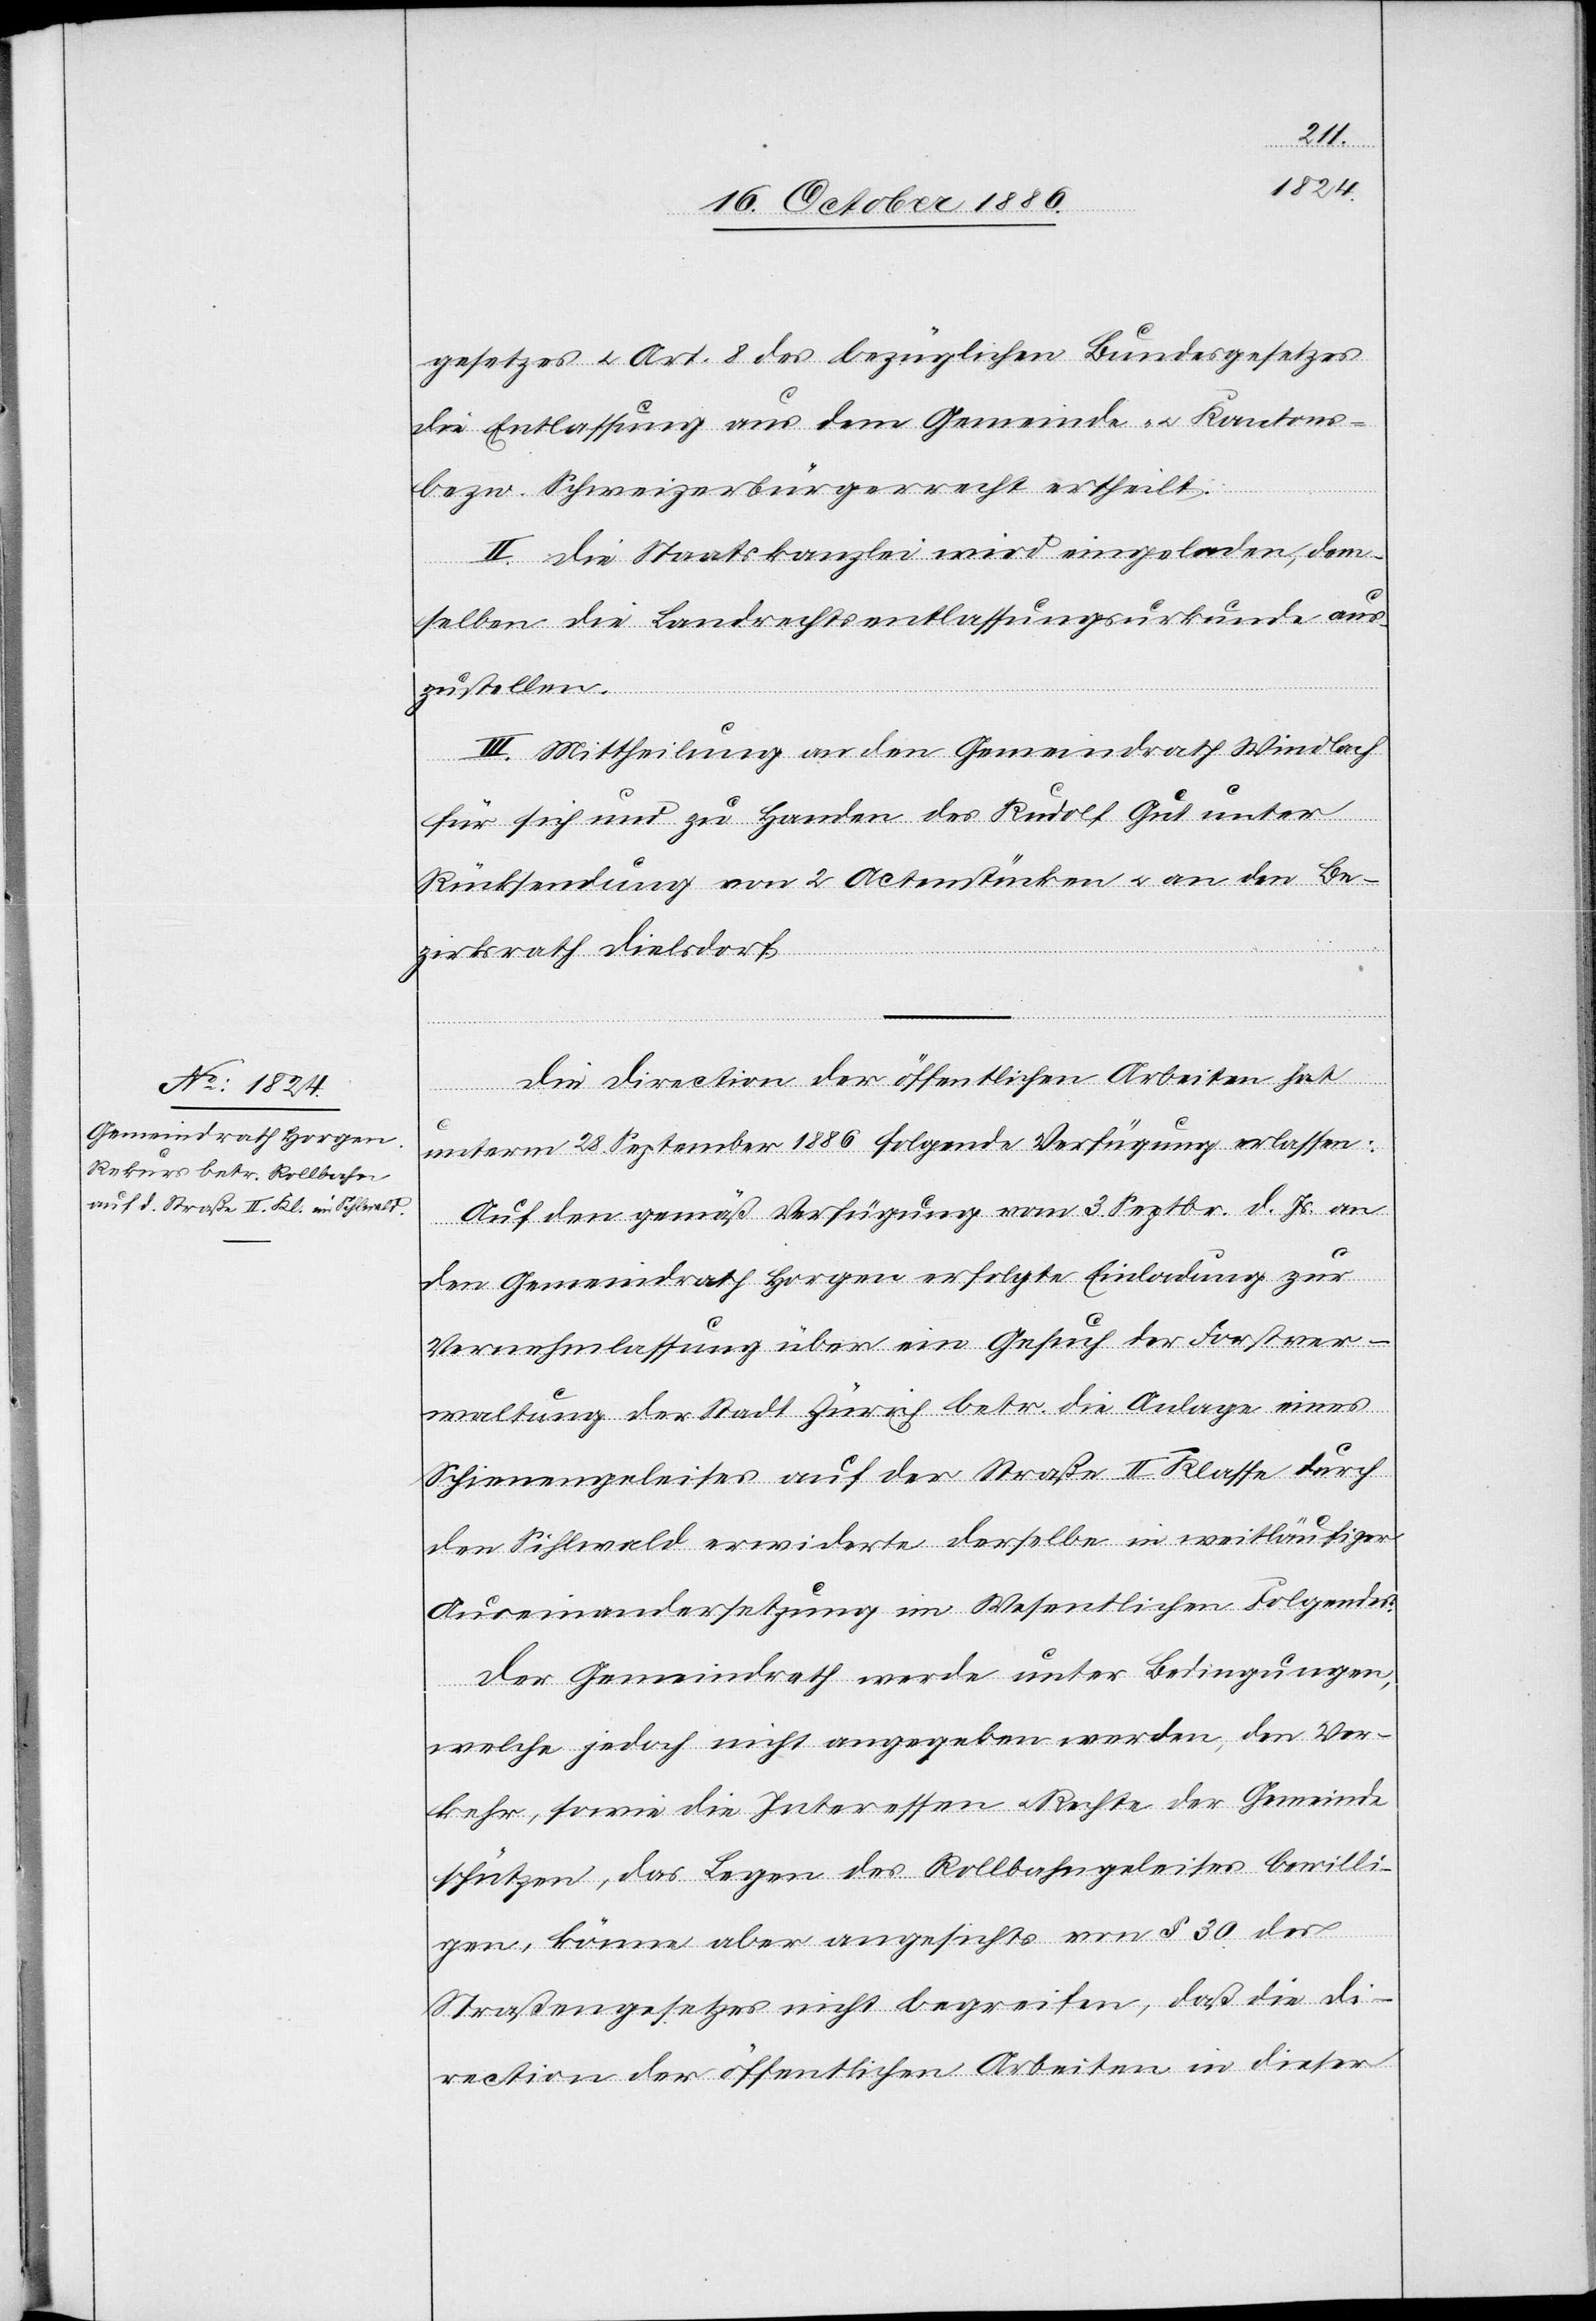
gesetzes & Art. 8 des bezüglichen Bundesgesetzes
die Entlassung aus dem Gemeinde- & Kantons-
bezw. Schweizerbürgerrecht ertheilt.
II. Die Staatskanzlei wird eingeladen, dem¬
den
selben die Landrechtsentlassungsurkunde aus¬
zustellen.
III. Mittheilung an den Gemeindrath Windlach
für sich und zu Handen des Rudolf Gut unter
Rücksendung von 2 Actenstücken & an den Be¬
zirksrath Dielsdorf.
Die Direction der öffentlichen Arbeiten hat
unterm 28. September 1886 folgende Verfügung erlassen:
die] gemäß Verfügung vom 3. Septbr. d. Js. an
den Gemeindrath Horgen erfolgte Einladung zur
Vernehmlassung über ein Gesuch der Forstver¬
waltung der Stadt Zürich betr. die Anlage eines
Schienengeleises auf der Straße II. Klasse durch
den Sihlwald erwiderte derselbe in weitläufiger
Auseinandersetzung im Wesentlichen Folgendes:
Der Gemeindrath werde unter Bedingungen,
welche jedoch nicht angegeben werden, den Ver¬
kehr, sowie die Interessen & Rechte der Gemeinde
schützen, das Legen des Rollbahngeleises bewilli¬
gen, könne aber angesichts von § 30 des
Straßengesetzes nicht begreifen, daß die Di¬
rection der öffentlichen Arbeiten in dieser